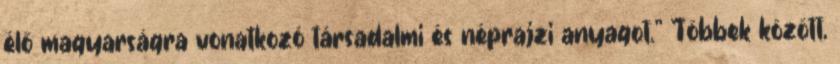
élő magyarságra vonatkozó társadalmi és néprajzi anyagot." Többek között,